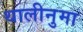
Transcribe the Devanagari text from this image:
थालीनुमा